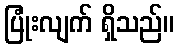
ပြုံးလျက် ရှိသည်။